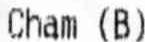
CHAM (B)